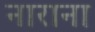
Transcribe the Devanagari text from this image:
नाराना